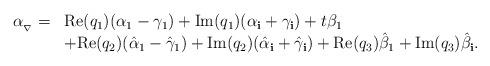
LaTeX: \begin{align*}\begin{array}{ll}\alpha_{_\nabla}=&\mathrm{Re}(q_{1})(\alpha_{1}-\gamma_{1})+\mathrm{Im}(q_{1})(\alpha_{\bf{i}}+\gamma_{\bf{i}})+t\beta_{1}\\&+\mathrm{Re}(q_{2})(\hat\alpha_1-\hat\gamma_1)+\mathrm{Im}(q_{2})(\hat\alpha_{\bf i}+\hat\gamma_{\bf i})+\mathrm{Re}(q_{3})\hat\beta_1+\mathrm{Im}(q_{3})\hat\beta_{\bf i}.\end{array}\end{align*}